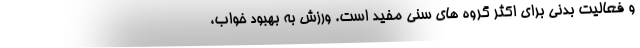
و فعالیت بدنی برای اکثر گروه های سنی مفید است. ورزش به بهبود خواب،